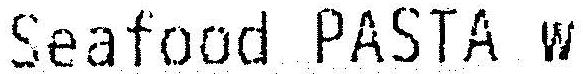
SEAFOOD PASTA W